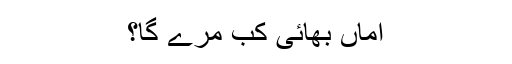
اماں بھائی کب مرے گا؟